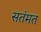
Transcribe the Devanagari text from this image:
सतंमत